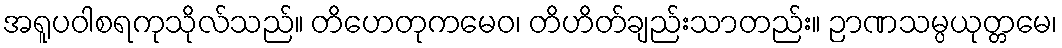
အရူပဝါစရကုသိုလ်သည်။ တိဟေတုကမေဝ၊ တိဟိတ်ချည်းသာတည်း။ ဉာဏသမ္ပယုတ္တမေ၊